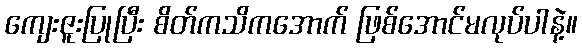
ကျေးဇူးပြုပြီး စိတ်ကသိကအောက် ဖြစ်အောင်မလုပ်ပါနဲ့။